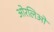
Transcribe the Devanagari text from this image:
ओरलिओ